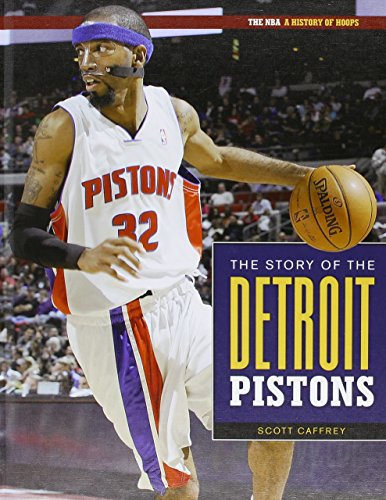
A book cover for Detroit Pistons (NBA: A History of Hoops); Scott Caffrey; Teen & Young Adult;